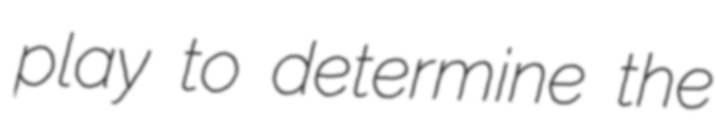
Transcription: play to determine the